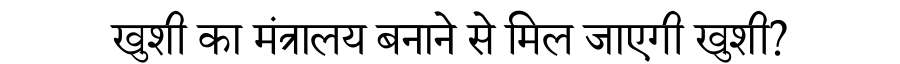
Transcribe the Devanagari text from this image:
खुशी का मंत्रालय बनाने से मिल जाएगी खुशी?